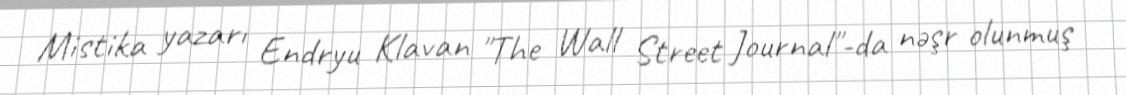
Mistika yazarı Endryu Klavan "The Wall Street Journal"-da nəşr olunmuş